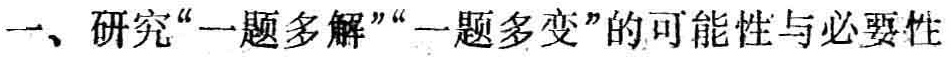
一、研究“一题多解”“一题多变”的可能性与必要性